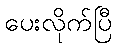
ပေးလိုက်ပြီ